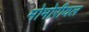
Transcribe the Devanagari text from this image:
मोमोरीयल